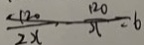
\frac { 1 2 0 } { 2 x } - \frac { 1 2 0 } { x } = 6